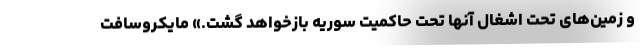
و زمین‌های تحت اشغال آنها تحت حاکمیت سوریه بازخواهد گشت.» مایکروسافت